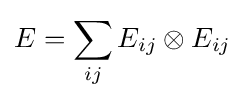
E=\sum _{ij}E_{ij}\otimes E_{ij}